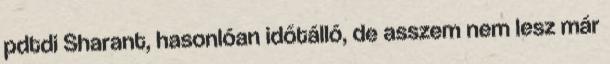
pdtdi Sharant, hasonlóan időtálló, de asszem nem lesz már